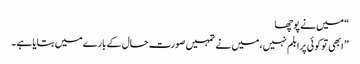
“ میں نے پوچھا
” ابھی تو کوئی پرابلم نہیں ، میں نے تمہیں صورت حال کے بارے میں بتایا ہے ۔